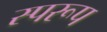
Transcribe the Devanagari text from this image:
स्परूप